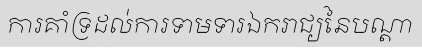
ការគាំទ្រដល់ការទាមទារឯករាជ្យនៃបណ្តា